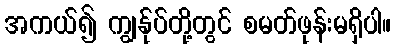
အကယ်၍ ကျွန်ုပ်တို့တွင် စမတ်ဖုန်းမရှိပါ။